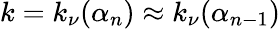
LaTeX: k=k_{\nu}(\alpha_{n})\approx k_{\nu}(\alpha_{n-1})